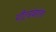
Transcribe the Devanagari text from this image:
पीटर्सबर्गला